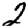
Digit: 2